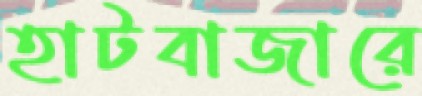
হাটবাজারে